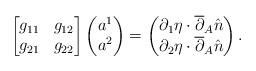
LaTeX: \begin{align*}\begin{bmatrix}g_{11} & g_{12} \\g_{21} & g_{22}\end{bmatrix}\left(\begin{matrix}a^1 \\a^2\end{matrix}\right) =\left(\begin{matrix}\partial_1 \eta \cdot \overline{\partial}_A \hat{n} \\\partial_2 \eta \cdot \overline{\partial}_A \hat{n}\end{matrix}\right).\end{align*}